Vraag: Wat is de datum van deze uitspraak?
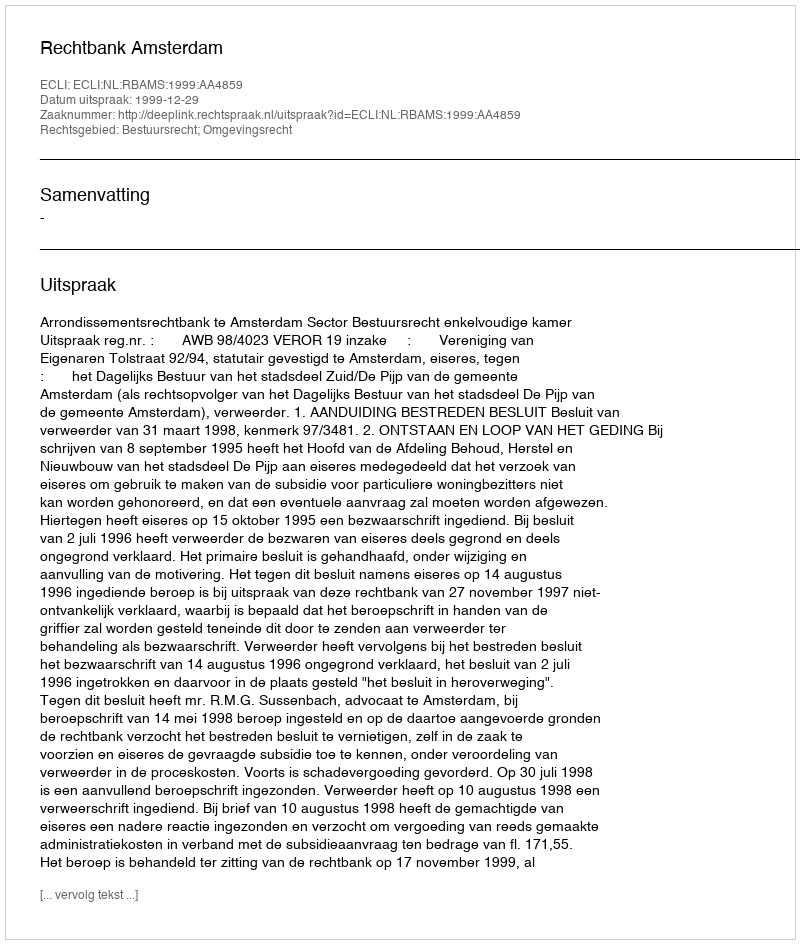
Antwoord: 1999-12-29